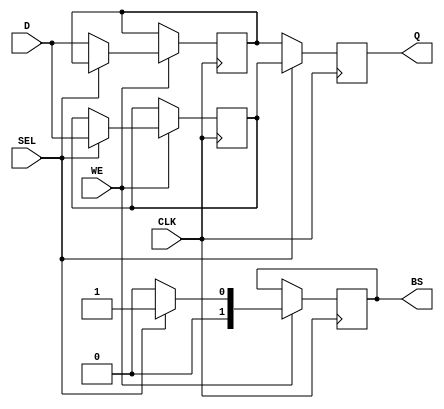
module DoubleBufferRegister (
    input wire [7:0] D,           // Data Input
    input wire WE,                // Write Enable
    input wire CLK,               // Clock
    input wire SEL,               // Select Signal
    output reg [7:0] Q,           // Data Output
    output reg [1:0] BS           // Buffer Status (0 for Buffer 0, 1 for Buffer 1)
);
    // Internal registers for the two buffers
    reg [7:0] buffer0;
    reg [7:0] buffer1;

    // Always block triggered on the rising edge of CLK
    always @(posedge CLK) begin
        // Write Logic: write to the selected buffer if WE is high
        if (WE) begin
            if (SEL) begin
                buffer1 <= D;         // Write to Buffer 1
                BS <= 2'b01;          // Buffer Status for Buffer 1
            end else begin
                buffer0 <= D;         // Write to Buffer 0
                BS <= 2'b00;          // Buffer Status for Buffer 0
            end
        end
        
        // Read Logic: Update Data Out based on selected buffer
        if (SEL) begin
            Q <= buffer1;             // Read from Buffer 1
        end else begin
            Q <= buffer0;             // Read from Buffer 0
        end
    end
    
    // Optional: You may include a reset condition by adding an asynchronous reset input
    // Uncomment the following section to include a reset functionality
    /*
    input wire RST;                // Optional Reset

    // Always block with reset functionality
    always @(posedge CLK or posedge RST) begin
        if (RST) begin
            buffer0 <= 8'b0;        // Reset Buffer 0
            buffer1 <= 8'b0;        // Reset Buffer 1
            Q <= 8'b0;              // Reset Data Output
            BS <= 2'b00;            // Reset Buffer Status
        end else begin
            // Existing logic for write and read
        end
    end
    */

endmodule